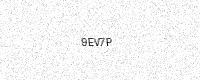
Text: 9EV7P